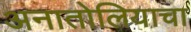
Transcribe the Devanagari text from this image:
अनातोलियाचा